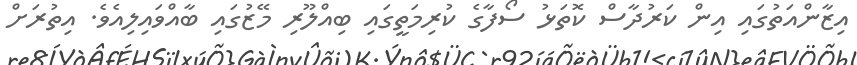
އިޒާންއަތުގައި އިން ކަރުދާސް ކޮތަޅު ސޯފާގެ ކުރިމަތީގައި ބިއްލޫރި މޭޒުގައި ބާއްވައިލިއެވެ. އިތުރަށް